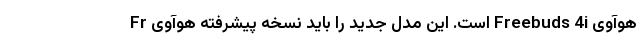
هوآوی Freebuds 4i است. این مدل جدید را باید نسخه پیشرفته هوآوی Fr